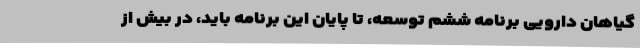
گیاهان دارویی برنامه ششم توسعه، تا پایان این برنامه باید، در بیش از